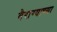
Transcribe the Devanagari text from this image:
बैराग्याच्या